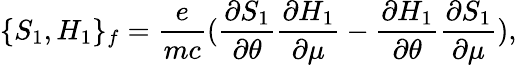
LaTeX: \{ S_{1},H_{1}\} _{f}=\frac{e}{mc}(\frac{\partial S_{1}}{\partial\theta}\frac{\partial H_{1}}{\partial\mu}-\frac{\partial H_{1}}{\partial\theta}\frac{\partial S_{1}}{\partial\mu}),